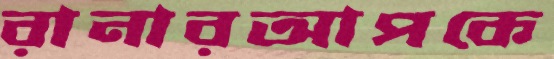
রানারআপকে